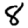
Digit: 8